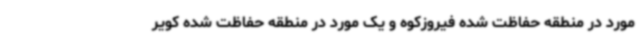
مورد در منطقه حفاظت شده فیروزکوه و یک مورد در منطقه حفاظت شده کویر